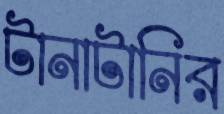
টানাটানির